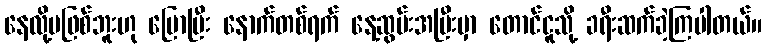
နေလို့မဖြစ်ဘူးဟု ပြောပြီး နောက်တစ်ရက် နေ့ဆွမ်းအပြီးမှာ တောင်ငူသို့ ခရီးဆက်ခဲ့ကြပါတယ်။